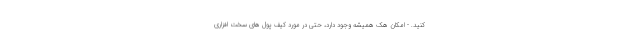
کنید. - امکان هک همیشه وجود دارد، حتی در مورد کیف پول های سخت افزاری